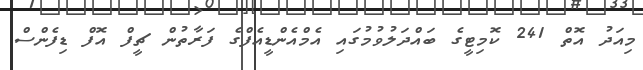
މިއަދު އޮތް 241 ކޮމިޓީގެ ބައްދަލުވުމުގައި އެމްއެންޑީއެފްގެ ފަރާތުން ޗީފް އޮފް ޑިފެންސް